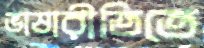
ভাষারীতিতে